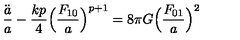
\frac { \ddot { a } } { a } - \frac { k p } { 4 } \Bigl ( \frac { F _ { 1 0 } } { a } \Bigr ) ^ { p + 1 } = 8 \pi G \Bigl ( \frac { F _ { 0 1 } } { a } \Bigr ) ^ { 2 }